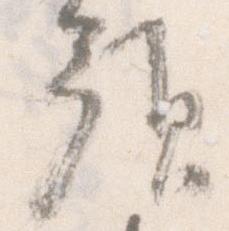
預